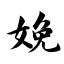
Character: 娩